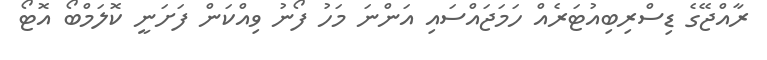
ރާއްޖޭގެ ޑިސްރިބިއުޓަރެއް ހަމަޖައްސައި އަންނަ މަހު ފޯނު ވިއްކަން ފަށަނީ ކޮލަމްބޯ އޮޓޯ